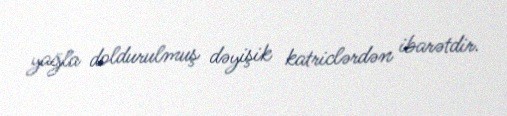
yağla doldurulmuş dəyişik katriclərdən ibarətdir.